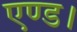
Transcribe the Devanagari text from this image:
एण्ड।